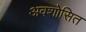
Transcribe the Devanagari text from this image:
अवशोसित